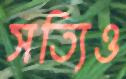
সত্যিও